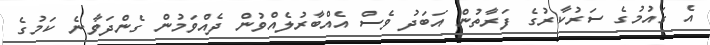
އެ ގައުމުގެ ސަރުކާރުގެ ފަރާތުން އަބަދު ވެސް އެއްބާރުލެއްވުން ދެއްވަމުން ގެންދަވާނެ ކަމުގެ